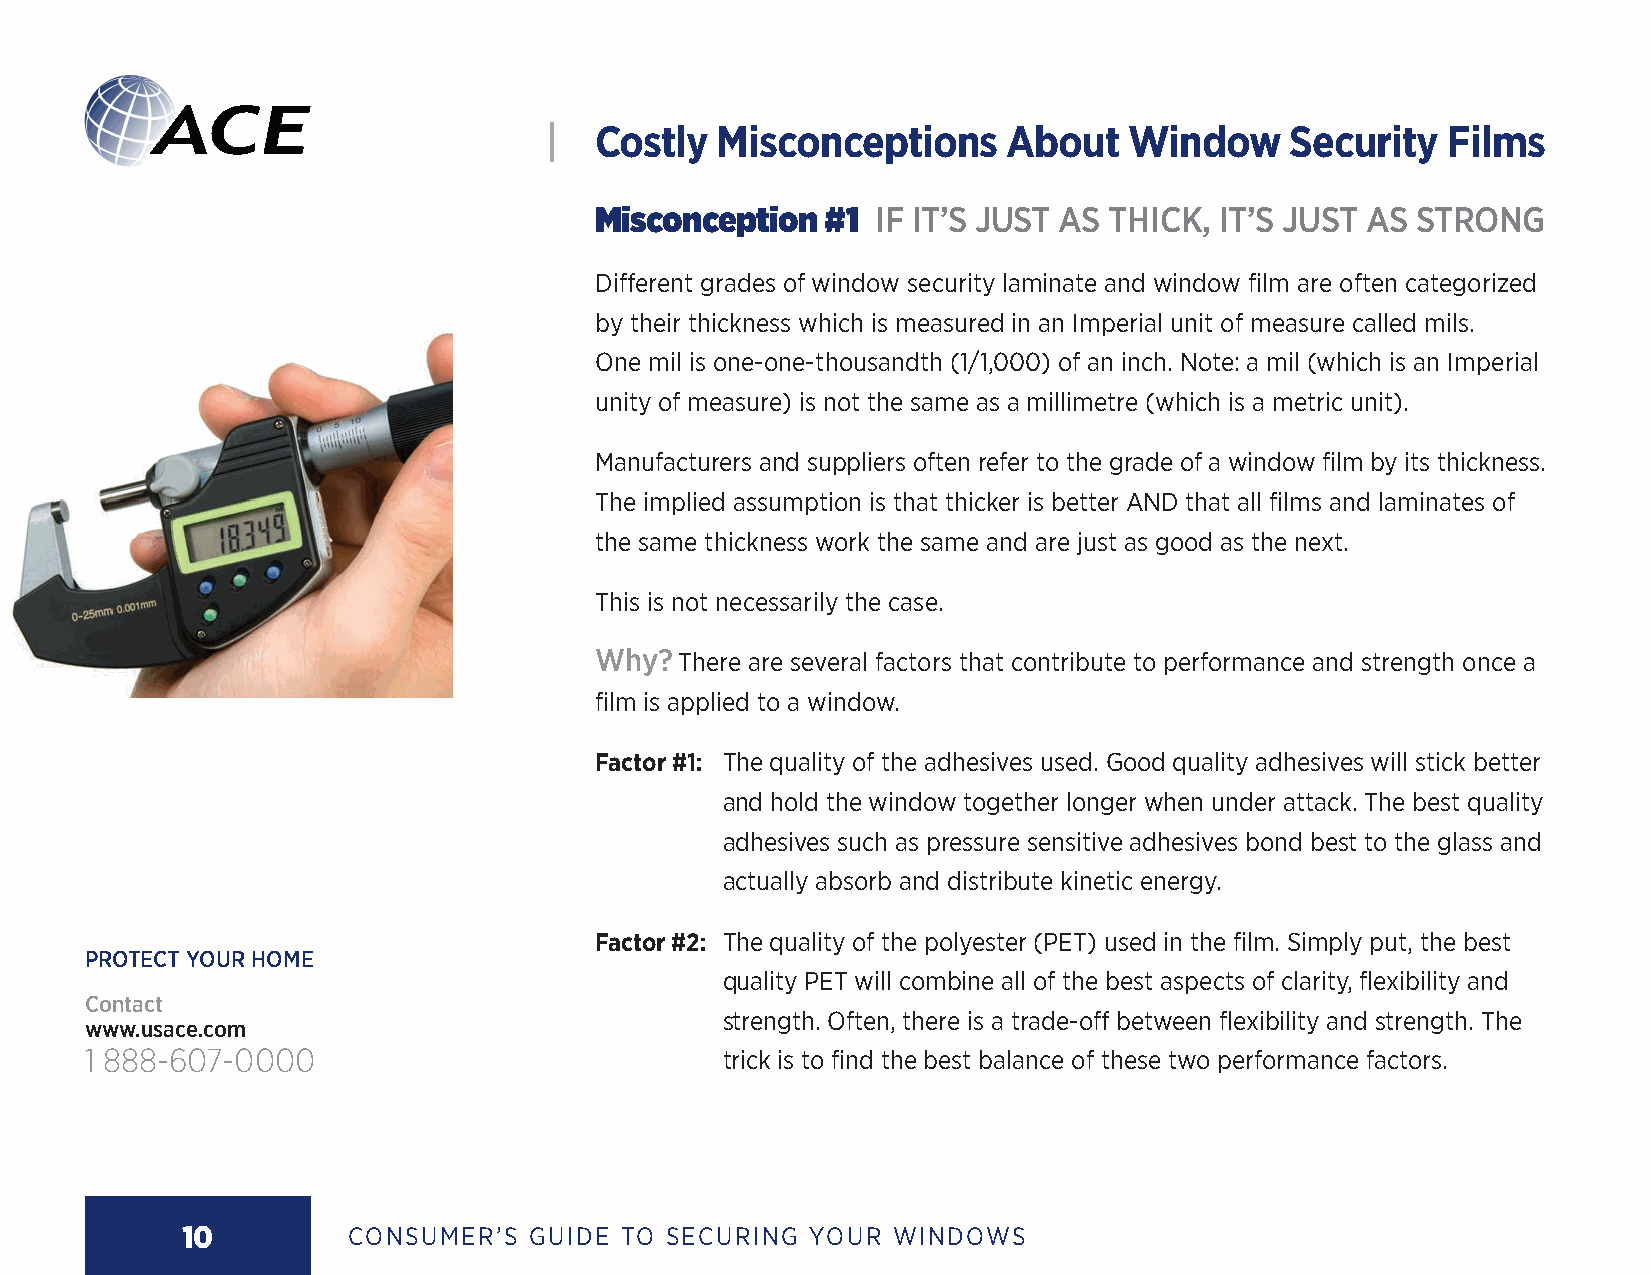
|  Costly  Misconceptions      About   Window    Security   Films
 Misconception   #1 IF IT’S JUST AS THICK, IT’S JUST AS STRONG
 Different grades of window security laminate and window film are often categorized
 by their thickness which is measured in an Imperial unit of measure called mils.
 One mil is one-one-thousandth (1/1,000) of an inch. Note: a mil (which is an Imperial
 unity of measure) is not the same as a millimetre (which is a metric unit).
 Manufacturers and suppliers often refer to the grade of a window film by its thickness.
 The implied assumption is that thicker is better AND that all films and laminates of
 the same thickness work the same and are just as good as the next.
 This is not necessarily the case.
 Why?  There are several factors that contribute to performance and strength once a
 film is applied to a window.
 Factor #1: T he quality of the adhesives used. Good quality adhesives will stick better
 and hold the window together longer when under attack. The best quality
 adhesives such as pressure sensitive adhesives bond best to the glass and
 actually absorb and distribute kinetic energy.
 Factor #2: T he quality of the polyester (PET) used in the film. Simply put, the best
 PROTECT YOUR HOME
 quality PET will combine all of the best aspects of clarity, flexibility and
 Contact
 strength. Often, there is a trade-off between flexibility and strength. The
 www.usace.com
 1 888-607-0000                            trick is to find the best balance of these two performance factors.
 10         CONSUMER’S  GUIDE TO SECURING YOUR  WINDOWS